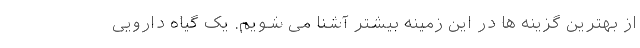
از بهترین گزینه ها در این زمینه بیشتر آشنا می شویم. یک گیاه دارویی